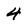
Character: 4